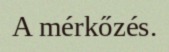
A mérkőzés.